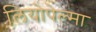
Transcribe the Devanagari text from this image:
लियोपेल्मा